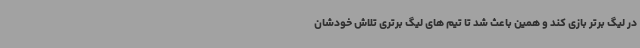
در لیگ برتر بازی کند و همین باعث شد تا تیم های لیگ برتری تلاش خودشان